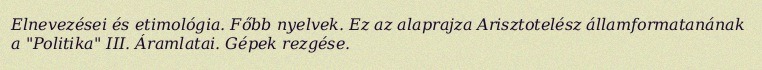
Elnevezései és etimológia. Főbb nyelvek. Ez az alaprajza Arisztotelész államformatanának a "Politika" III. Áramlatai. Gépek rezgése.